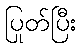
ပြုတ်ပြီး